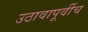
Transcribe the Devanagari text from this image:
उठावापूर्वीच